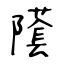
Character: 𨼲